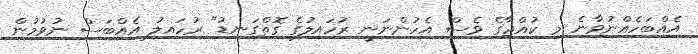
އެއްބަހެއްނުވާނެ މި ކުއްޖާގެ ވެސް އެހުންނަނީ ރުހައިލުގެ ގޮތްގަނޑު" ރުހައިލު އެއްބަސް ނުވުމުން